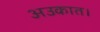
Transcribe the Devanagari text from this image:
अउकात।